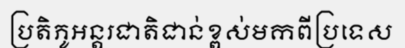
ប្រតិភូអន្តរជាតិជាន់ខ្ពស់មកពីប្រទេស